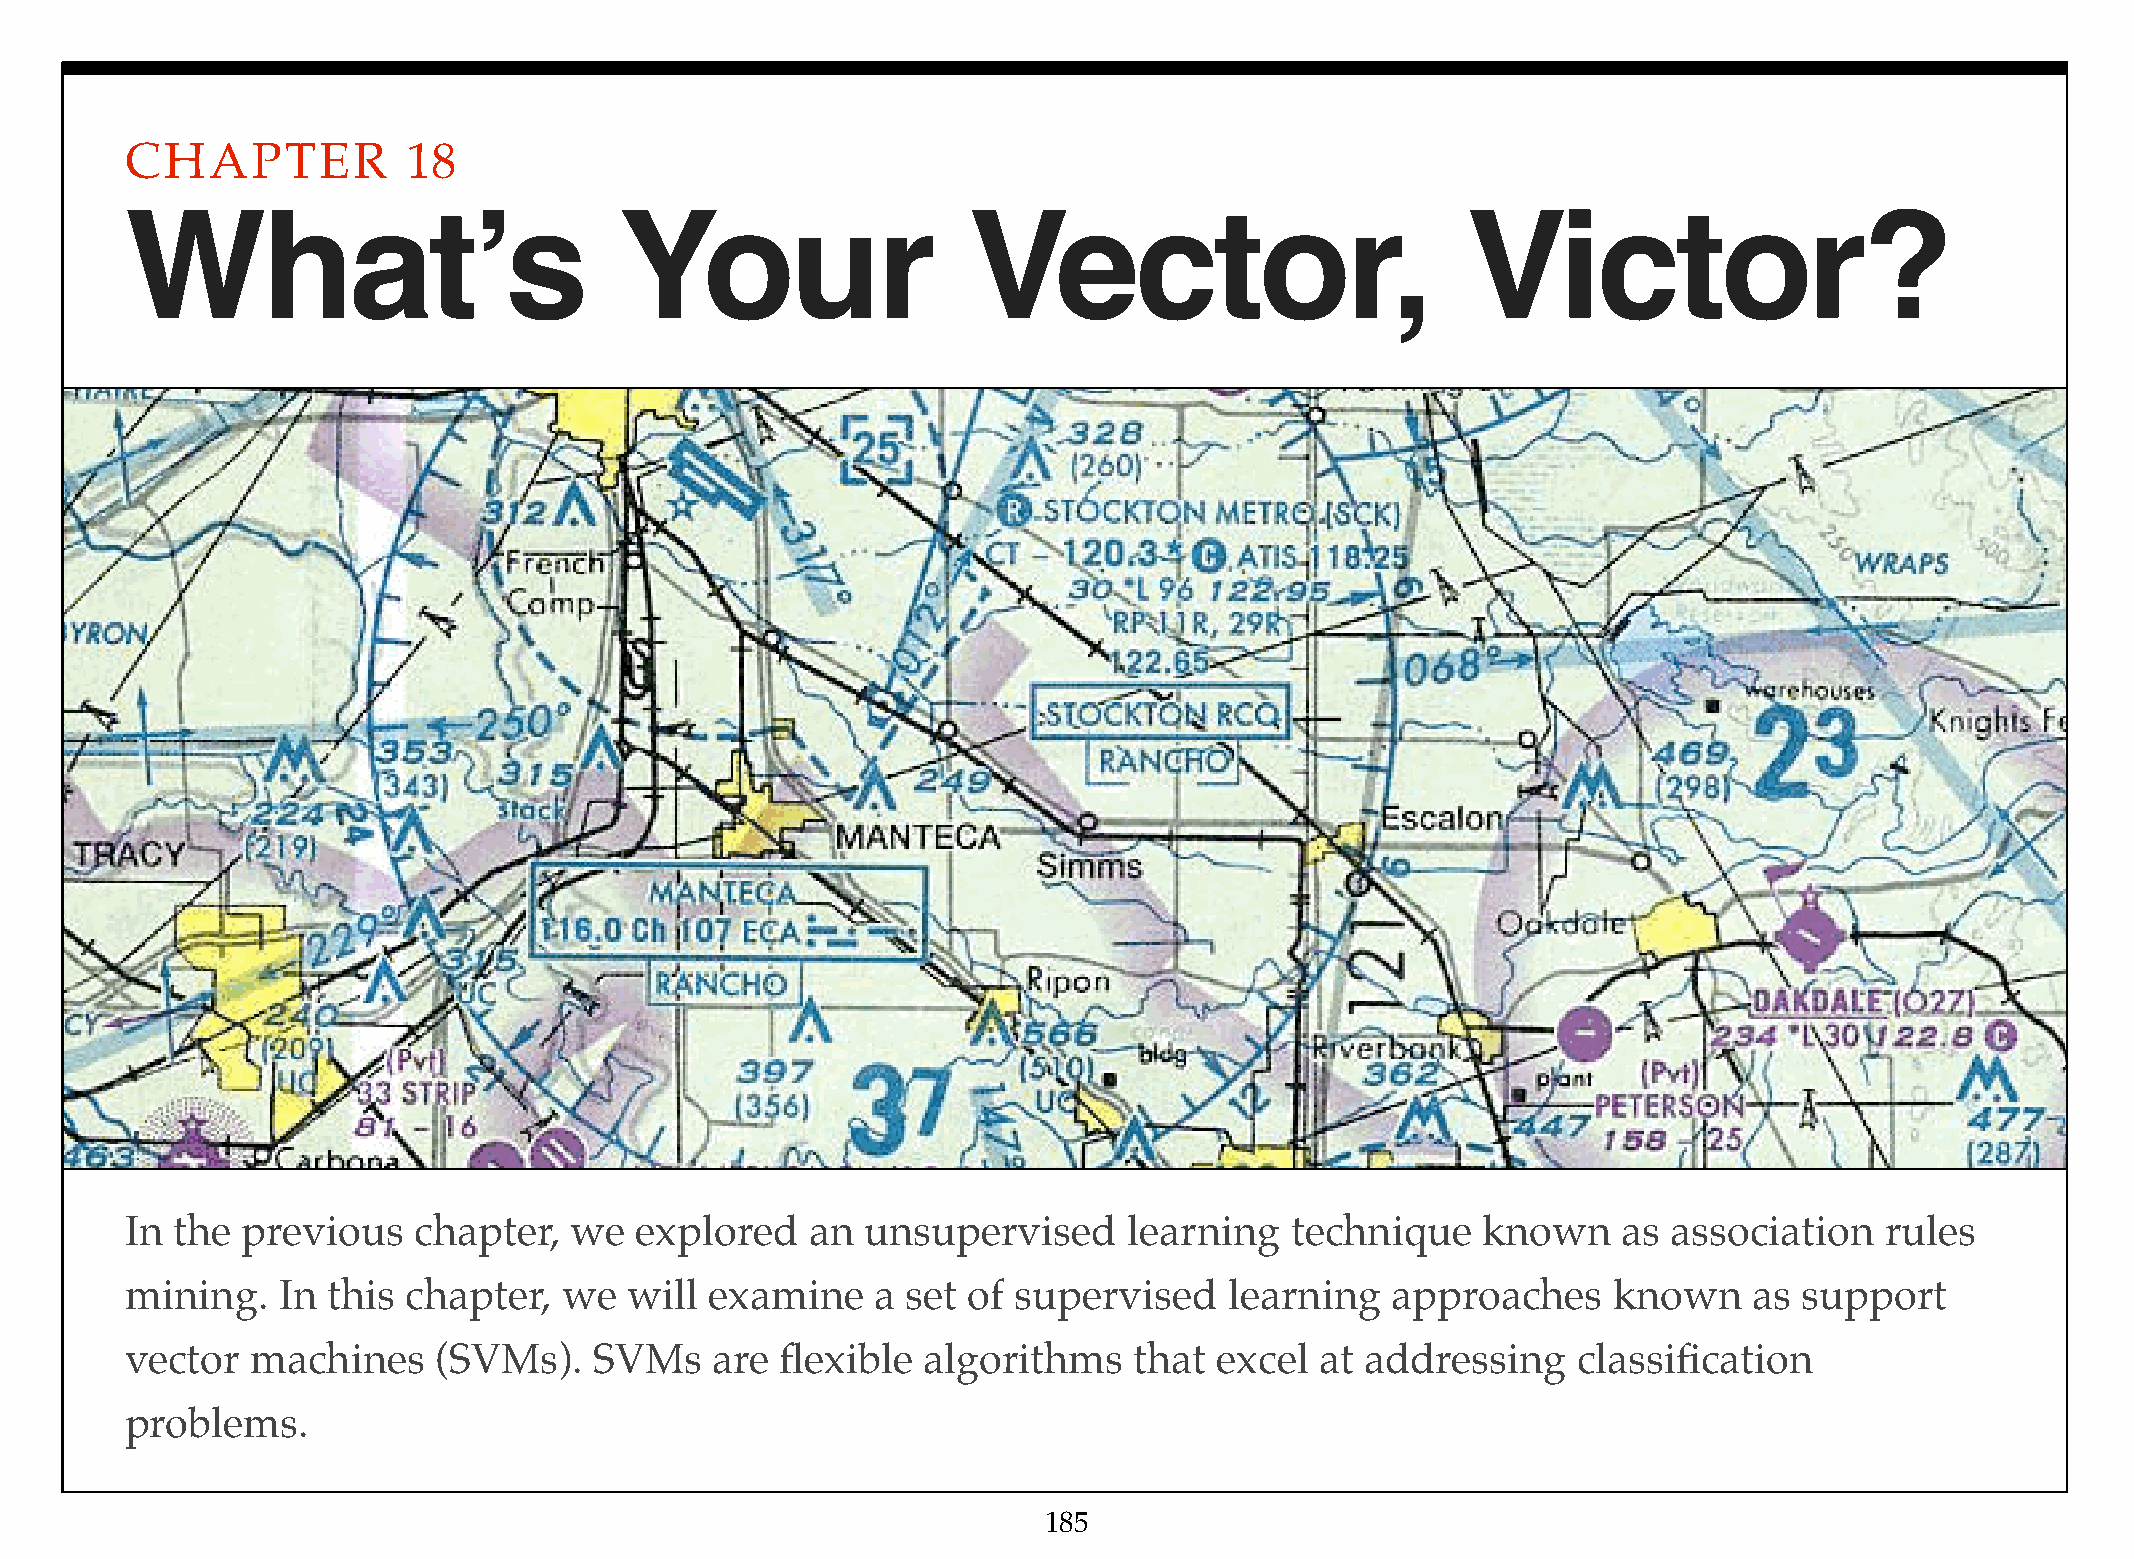
CHAPTER            18
 What’s                           Your                   Vector,                          Victor?
 In  the previous   chapter,   we  explored    an unsupervised      learning  technique    known    as  association   rules
 mining.   In  this chapter,  we  will  examine    a set of supervised    learning   approaches     known    as support
 vector   machines    (SVMs).   SVMs    are  flexible algorithms    that  excel at addressing    classification
 problems.
 185